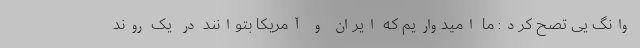
وانگ یی تصح کرد: ما امیدواریم که ایران و آمریکا بتوانند در یک روند